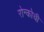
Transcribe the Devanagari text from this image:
रोन्कोची